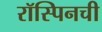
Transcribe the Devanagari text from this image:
रॉस्पिनची